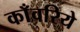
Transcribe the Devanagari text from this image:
काँवरिये